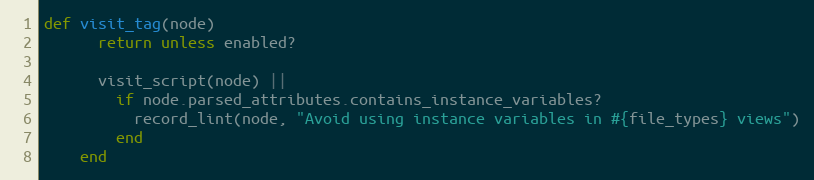
Language: Ruby
def visit_tag(node)
      return unless enabled?

      visit_script(node) ||
        if node.parsed_attributes.contains_instance_variables?
          record_lint(node, "Avoid using instance variables in #{file_types} views")
        end
    end